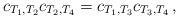
LaTeX: \begin{align*}c_{T_1,T_2}c_{T_2,T_4}=c_{T_1,T_3}c_{T_3,T_4}\,,\end{align*}